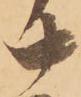
十